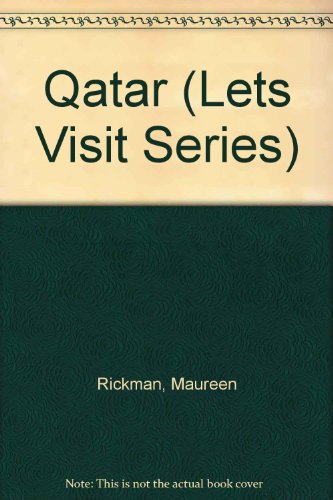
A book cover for Qatar (Lets Visit Series); Maureen Rickman; History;